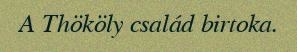
A Thököly család birtoka.